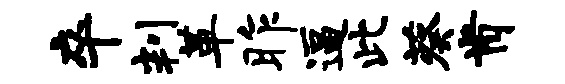
卒判革昨逼此葵肯